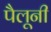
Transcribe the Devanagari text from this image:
पैलूनी